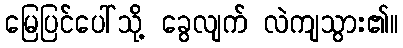
မြေပြင်ပေါ်သို့ ခွေလျက် လဲကျသွား၏။